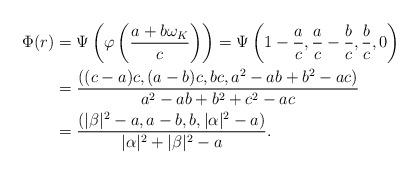
LaTeX: \begin{align*}\Phi(r) &= \Psi\left( \varphi \left( \frac{a + b\omega_K}c\right)\right)=\Psi\left(1 - \frac ac, \frac ac - \frac bc, \frac bc, 0\right) \\&=\frac{((c-a)c, (a-b)c, bc, a^2 - ab + b^2 - ac)}{a^2 - ab + b^2 + c^2 - ac} \\&=\frac{(|\beta|^2 - a, a-b, b, |\alpha|^2 - a)}{|\alpha|^2 + |\beta|^2 - a}.\end{align*}